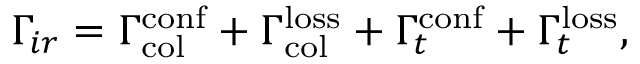
\Gamma _ { i r } = \Gamma _ { \mathrm { c o l } } ^ { \mathrm { c o n f } } + \Gamma _ { \mathrm { c o l } } ^ { \mathrm { l o s s } } + \Gamma _ { t } ^ { \mathrm { c o n f } } + \Gamma _ { t } ^ { \mathrm { l o s s } } ,